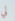
لي